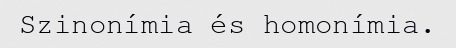
Szinonímia és homonímia.